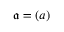
{ \mathfrak { a } } = ( a )